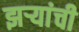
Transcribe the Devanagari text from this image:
झऱ्यांची